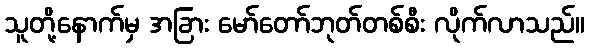
သူတို့နောက်မှ အခြား မော်တော်ဘုတ်တစ်စီး လိုက်လာသည်။